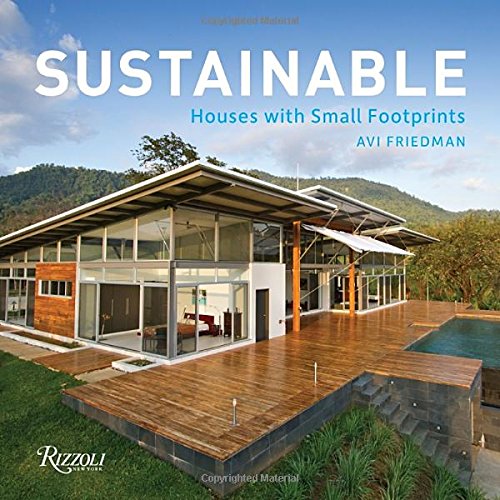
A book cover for Sustainable: Houses with Small Footprints; Avi Friedman; Arts & Photography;